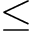
\leq